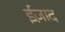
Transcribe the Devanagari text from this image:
ईज़ाद